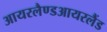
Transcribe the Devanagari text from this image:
आयरलैण्डआयरलैंड